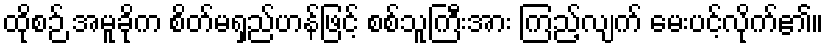
ထိုစဉ် အမူခိုက စိတ်မရှည်ဟန်ဖြင့် စစ်သူကြီးအား ကြည့်လျက် မေးပင့်လိုက်၏။